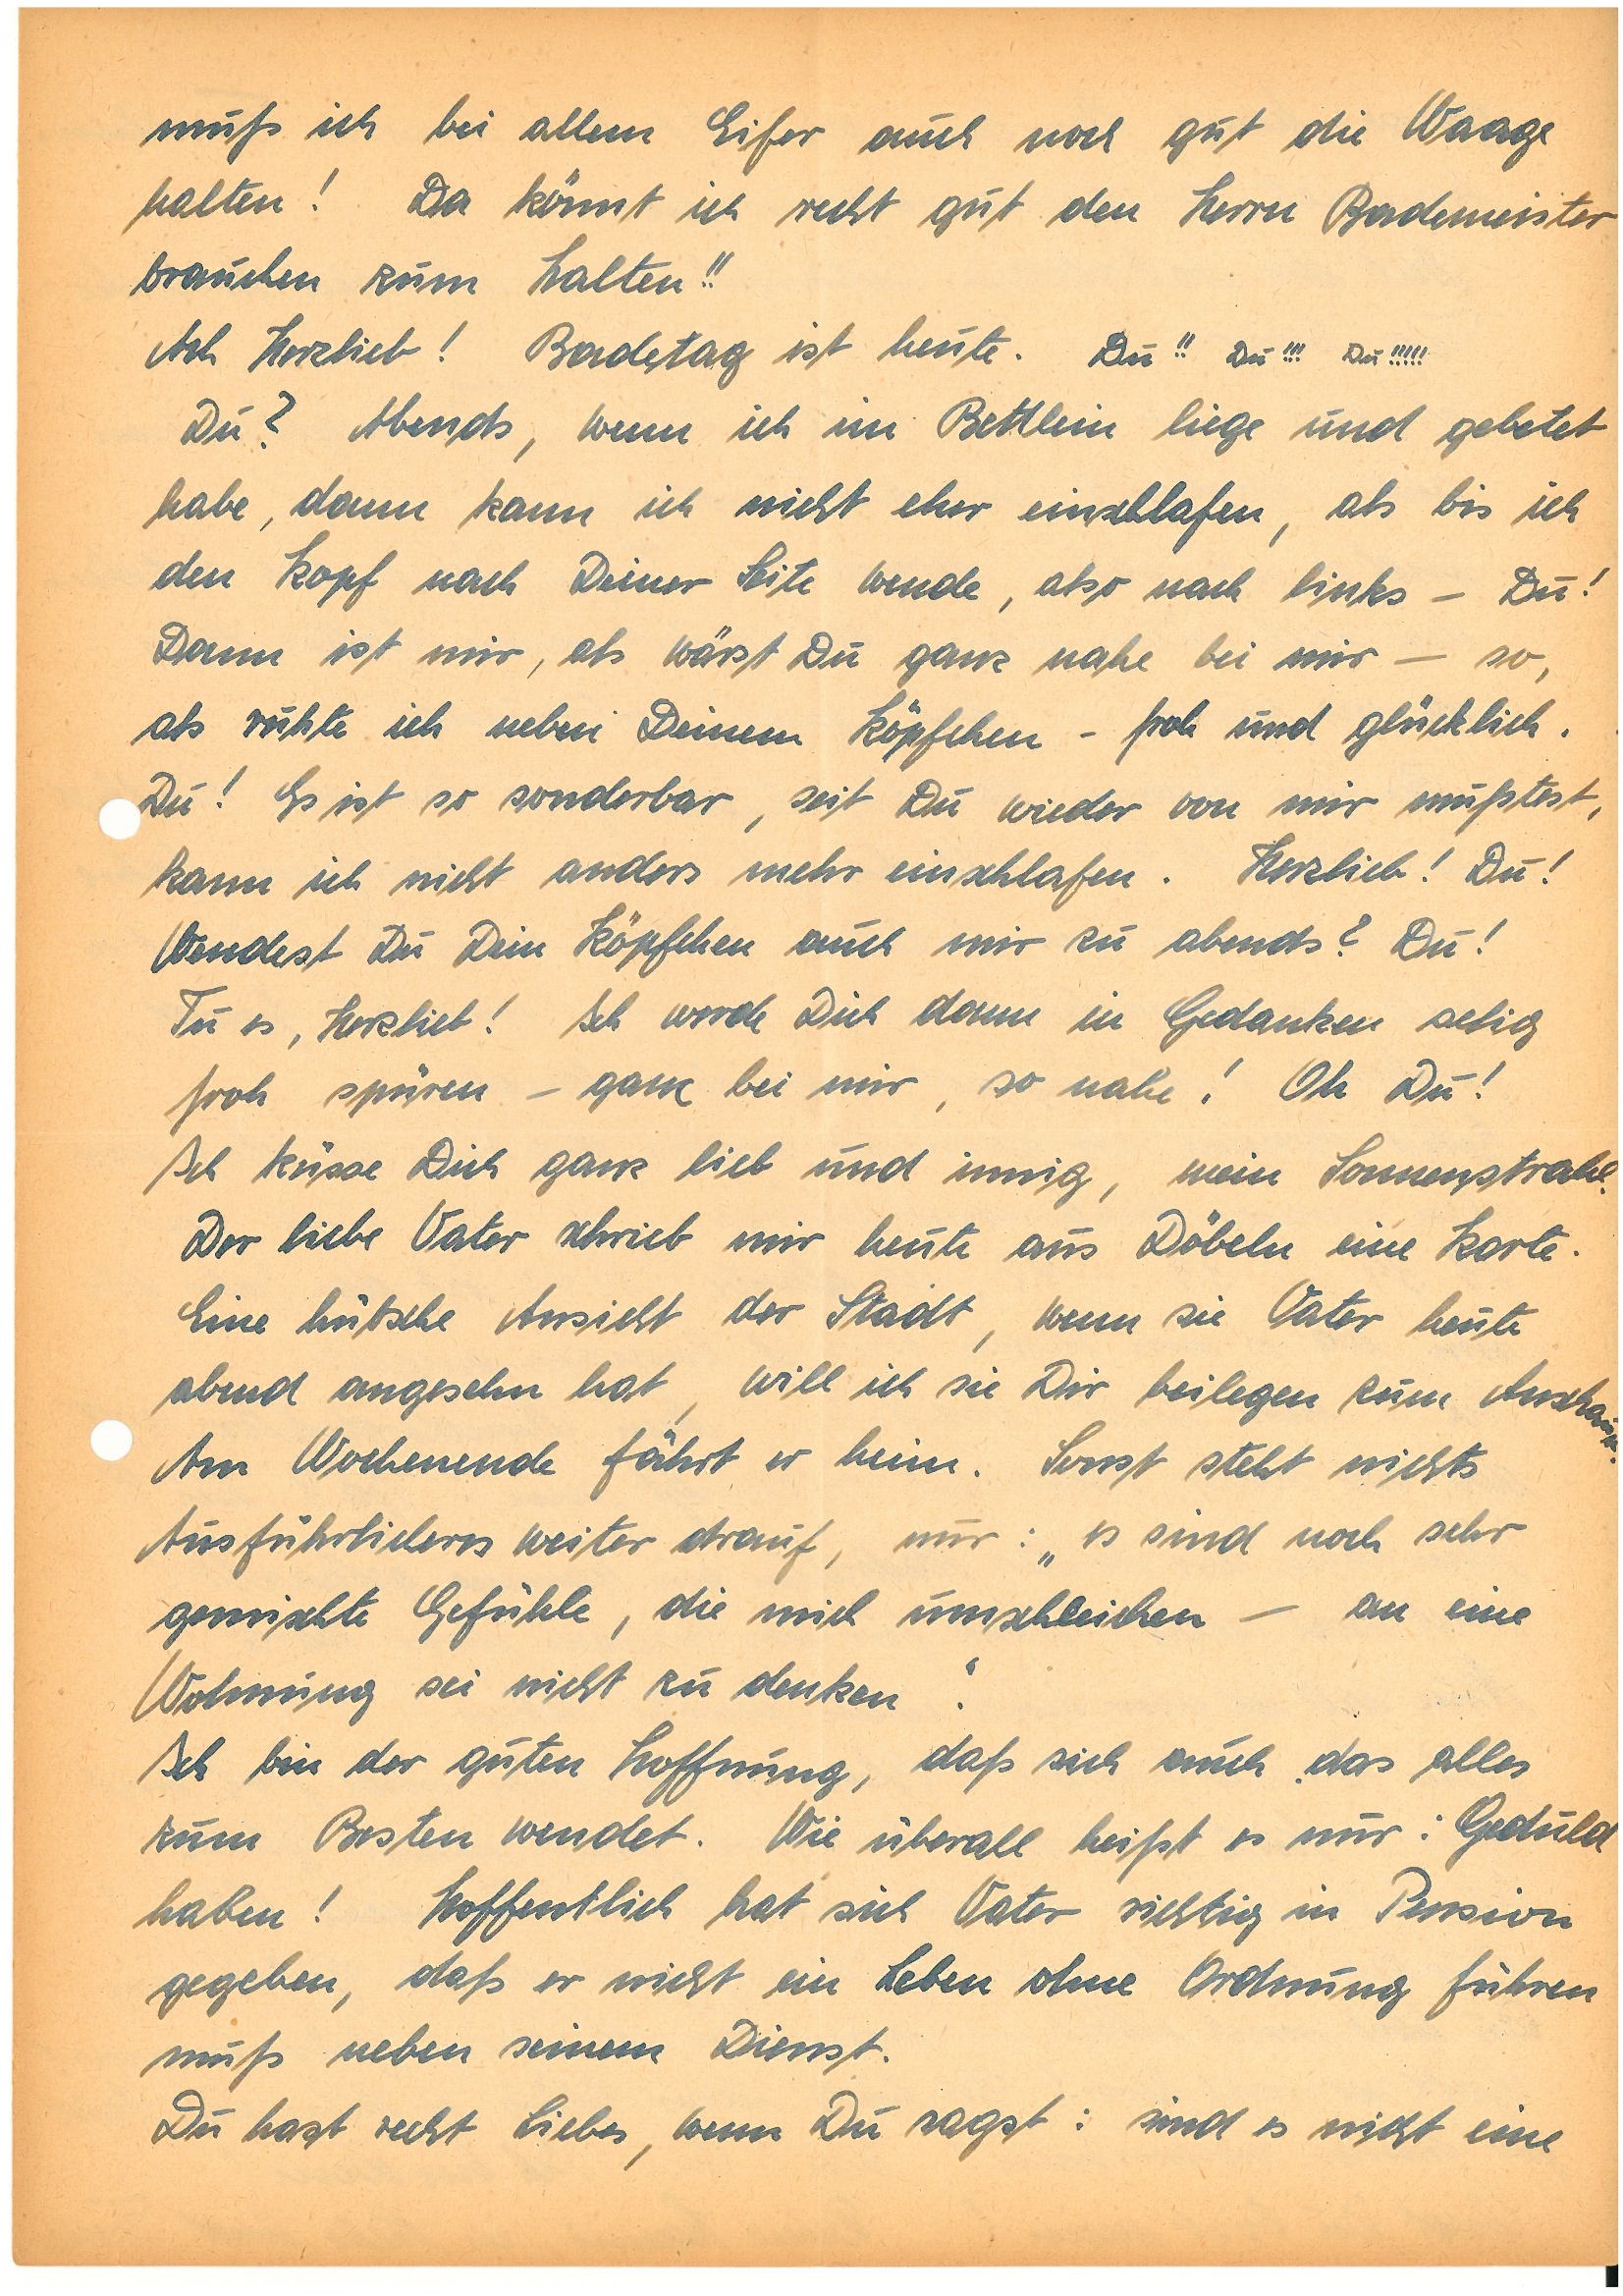
muß ich bei allem Eifer auch noch gut die Waage
halten! Da könnt ich recht gut den Herrn Bademeister
brauchen zum Halten!!
Ach Herzlieb! Badetag ist heute. Du!! Du!!! Du!!!!!
Du? Abends, wenn ich im Bettlein liege und gebetet
habe, dann kann ich nicht eher einschlafen, als bis ich
den Kopf nach Deiner Seite wende, also nach links – Du!
Dann ist mir, als wärst Du ganz nahe bei mir – so,
als ruhte ich neben Deinem Köpfchen – froh und glücklich.
Du! Es ist so sonderbar, seit Du wieder von mir mußtest,
kann ich nicht anders mehr einschlafen. Herzlieb! Du!
Wendest Du Dein Köpfchen auch mir zu abends? Du!
Tu es, Herzlieb! Ich werde Dich dann in Gedanken selig
froh spüren – ganz bei mir, so nahe! Oh Du!
Ich küsse Dich ganz lieb und innig, mein Sonnenstrahl.
Der liebe Vater schrieb mir heute aus D. eine Karte.
Eine hübsche Ansicht der Stadt, wenn sie Vater heute
abend angesehen hat, will ich sie Dir beilegen zum Anschauen.
Am Wochenende fährt er heim. Sonst steht nichts
Ausführlicheres weiter drauf, nur: „es sind noch sehr
gemischte Gefühle, die mich umschleichen – an eine
Wohnung sei nicht zu denken.”
Ich bin der guten Hoffnung, daß sich auch das alles
zum Besten wendet. Wie überall heißt es nur: Geduld
haben! Hoffentlich hat sich Vater richtig in Pension
gegeben, daß er nicht ein Leben ohne Ordnung führen
muß neben seinem Dienst.
Du hast recht Liebes, wenn Du sagst: sind es nicht eine